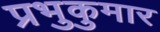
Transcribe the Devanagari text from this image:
प्रभुकुमार